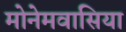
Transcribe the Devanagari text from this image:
मोनेमवासिया